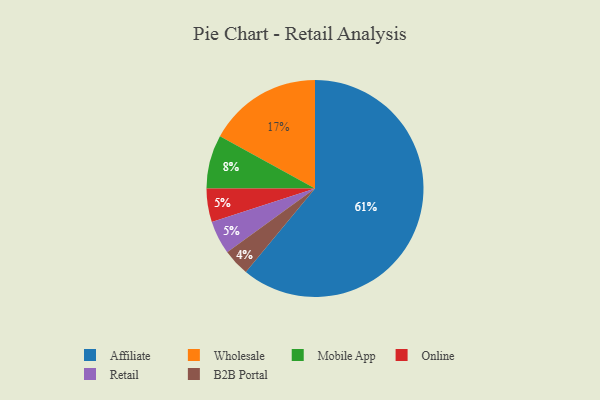
{"axis": {"x": "Category", "y": "Percentage"}, "legend": ["Affiliate", "B2B Portal", "Mobile App", "Online", "Retail", "Wholesale"], "data": [{"x": "Wholesale", "y": 17, "type": "Wholesale"}, {"x": "B2B Portal", "y": 4, "type": "B2B Portal"}, {"x": "Affiliate", "y": 61, "type": "Affiliate"}, {"x": "Online", "y": 5, "type": "Online"}, {"x": "Mobile App", "y": 8, "type": "Mobile App"}, {"x": "Retail", "y": 5, "type": "Retail"}]}